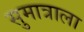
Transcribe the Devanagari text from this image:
सुमात्राला